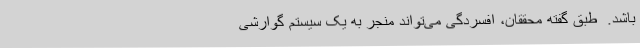
باشد.  طبق گفته محققان، افسردگی می‌تواند منجر به یک سیستم گوارشی